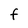
Character: F